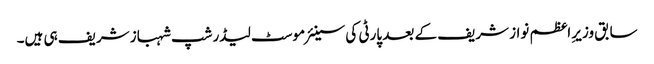
سابق وزیرِ اعظم نواز شریف کے بعد پارٹی کی سینئر موسٹ لیڈرشپ شہباز شریف ہی ہیں۔